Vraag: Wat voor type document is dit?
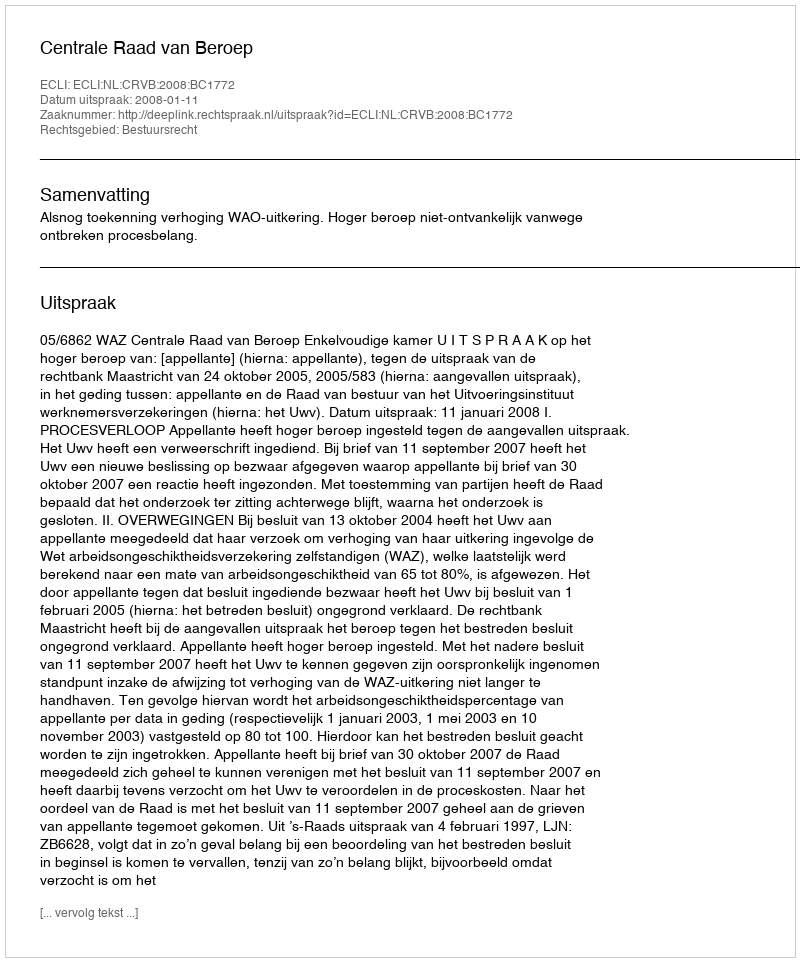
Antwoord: Uitspraak